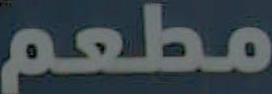
مطعم